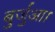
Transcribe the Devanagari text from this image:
बुर्जुआ।